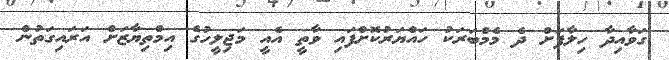
ގަވާއިދާ ހިލާފަށް ދެ މެމްބަރަކު ހައްޔަރުކޮށްފައި ވާތީ އެއީ މަޖިލީހުގެ އިމްތިޔާޒަށް އަރައިގަތުން